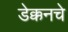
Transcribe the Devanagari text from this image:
डेक्कनचे